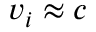
v _ { i } \approx c